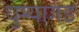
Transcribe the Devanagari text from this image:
धुम्यागड